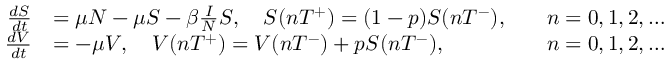
{ \begin{array} { r l r l } { { \frac { d S } { d t } } } & { = \mu N - \mu S - \beta { \frac { I } { N } } S , \quad S ( n T ^ { + } ) = ( 1 - p ) S ( n T ^ { - } ) , } & & { n = 0 , 1 , 2 , \ldots } \\ { { \frac { d V } { d t } } } & { = - \mu V , \quad V ( n T ^ { + } ) = V ( n T ^ { - } ) + p S ( n T ^ { - } ) , } & & { n = 0 , 1 , 2 , \ldots } \end{array} }